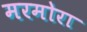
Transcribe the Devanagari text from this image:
मरमोरा